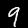
Digit: 9